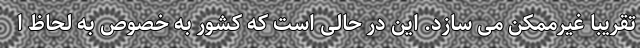
تقریبا غیرممکن می سازد. این در حالی است که کشور به خصوص به لحاظ ا